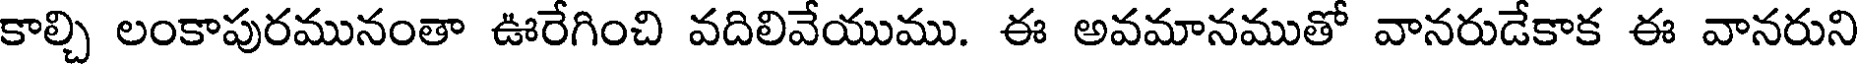
కాల్చి లంకాపురమునంతా ఊరేగించి వదిలివేయుము. ఈ అవమానముతో వానరుడేకాక ఈ వానరుని